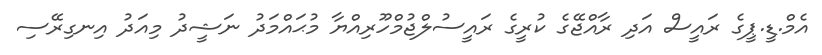
އެމް.ޑީ.ޕީގެ ރައީސް އަދި ރާއްޖޭގެ ކުރީގެ ރައީސުލްޖުމްހޫރިއްޔާ މުޙައްމަދު ނަޝީދު މިއަދު އިނގިރޭސި